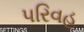
પરિવહ